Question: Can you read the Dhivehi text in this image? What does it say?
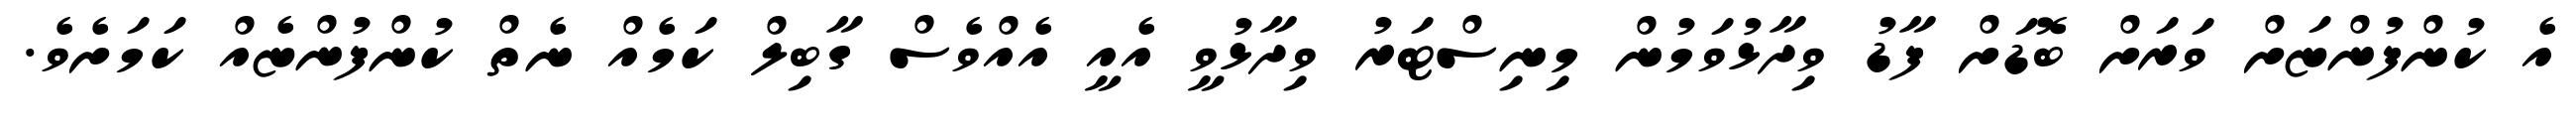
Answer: އެ ކުންފުންޏަށް ވަރަށް ބޮޑަށް ފާޑު ވިދާޅުވަމުން މިނިސްޓަރު ވިދާޅުވީ އެއީ އެއްވެސް ގާބިލް ކަމެއް ނެތް ކުންފުންޏެއް ކަމަށެވެ.